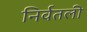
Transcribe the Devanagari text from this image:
निर्वतली